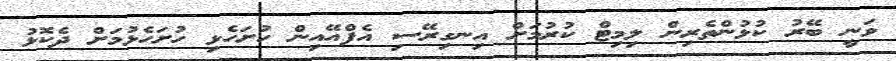
ވަނީ ބޭރު ކުޅުންތެރިން ލިމިޓް ކުރުމަށް އިނގިރޭސި އެފްއޭއިން ހުށަހެޅި ހުށަހެޅުމަށް ދެކޮޅު